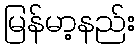
မြန်မာ့နည်း